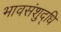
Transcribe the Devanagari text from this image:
भावसंशुद्धि